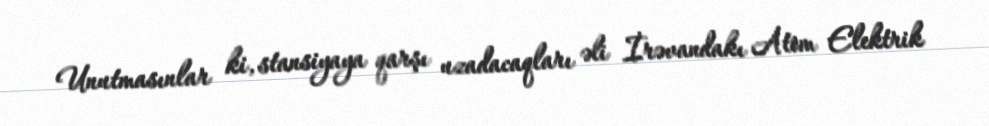
Unutmasınlar ki, stansiyaya qarşı uzadacaqları əli İrəvandakı Atom Elektrik